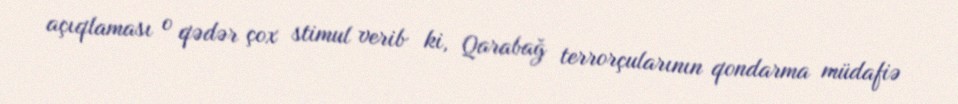
açıqlaması o qədər çox stimul verib ki, Qarabağ terrorçularının qondarma müdafiə